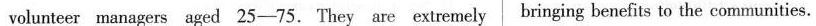
volunteer managers aged 25-75. They are extremely bringing benefits to the communities.